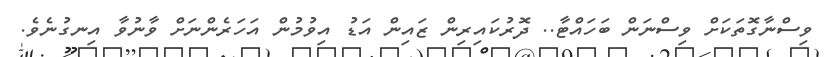
ވިސްނާގޮތަކަށް ވިސްނަން ބަހައްޓާ.. ދޮރުކައިރިން ޒައިން އަޑު އިވުމުން އަހަރެންނަށް ވާނުވާ އިނގުނެވެ.